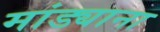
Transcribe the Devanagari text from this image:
मांड्याना